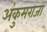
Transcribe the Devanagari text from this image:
अंकुमराजा